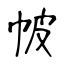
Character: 帔